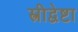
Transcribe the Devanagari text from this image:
स्त्रीद्वेष्टा